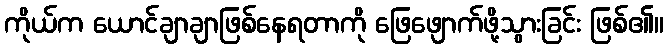
ကိုယ်က ယောင်ချာချာဖြစ်နေရတာကို ဖြေဖျောက်ဖို့သွားခြင်း ဖြစ်၏။